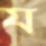
য